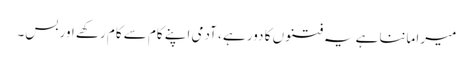
میرا ماننا ہے یہ فتنوں کا دور ہے ، آدمی اپنے کام سے کام رکھے اور بس۔